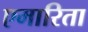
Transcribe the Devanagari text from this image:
एमारिता